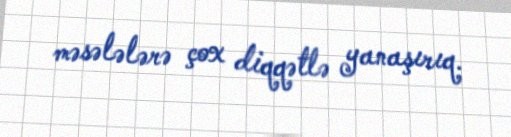
məsələlərə çox diqqətlə yanaşırıq.